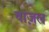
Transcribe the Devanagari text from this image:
बाज़ल